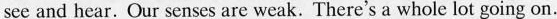
see and hear.Our senses are weak.There's a whole lot going on.